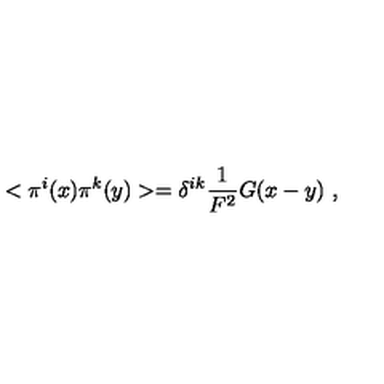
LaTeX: < \pi ^ { i } ( x ) \pi ^ { k } ( y ) > = \delta ^ { i k } \frac { 1 } { F ^ { 2 } } G ( x - y ) \ ,